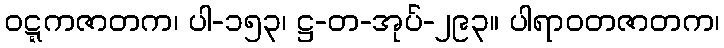
ဝဋ္ဋကဇာတက၊ ပါ-၁၅၃၊ ဋ္ဌ-တ-အုပ်-၂၉၃။ ပါရာဝတဇာတက၊